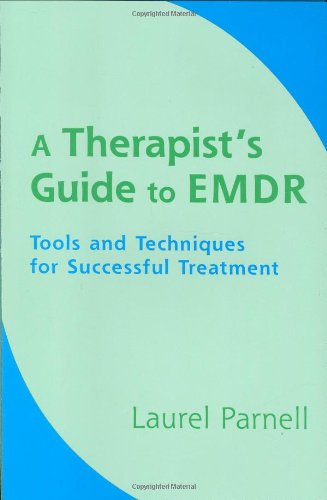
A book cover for A Therapist's Guide to EMDR: Tools and Techniques for Successful Treatment; Laurel Parnell; Medical Books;